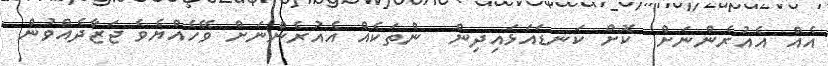
އެއް އެއުރެންނަށް  ކޮށް ކަނޑައަޅައިދިން  ންތަކެއް އެއުރެންނަށް ވޭހެއްޔެވެ ޖަޒާދެއްވުން